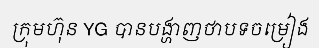
ក្រុមហ៊ុន YG បានបង្ហាញថាបទចម្រៀង